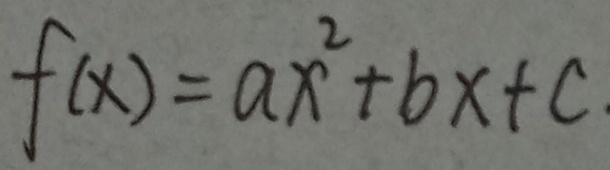
f ( x ) = a x ^ { 2 } + b x + c